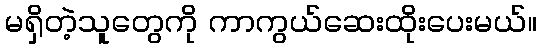
မရှိတဲ့သူတွေကို ကာကွယ်ဆေးထိုးပေးမယ်။